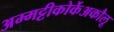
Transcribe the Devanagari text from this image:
अम्मट्टीकोर्केअकौलू